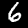
Label: 6